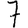
Digit: 7